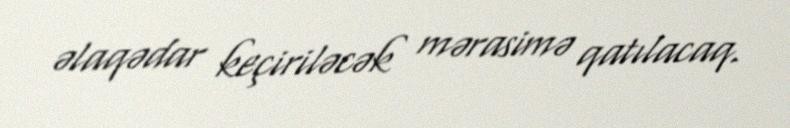
əlaqədar keçiriləcək mərasimə qatılacaq.